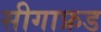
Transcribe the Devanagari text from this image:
सीगाफ्रड